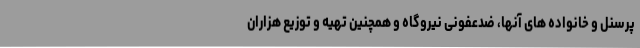
پرسنل و خانواده های آنها، ضدعفونی نیروگاه و همچنین تهیه و توزیع هزاران